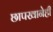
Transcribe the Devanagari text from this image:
छापखानेही